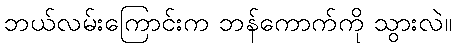
ဘယ်လမ်းကြောင်းက ဘန်ကောက်ကို သွားလဲ။